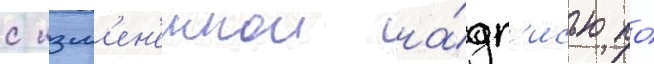
с изм'ен'еннои на́дп'исью по́